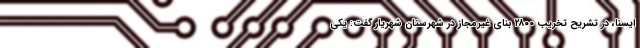
ایسنا، در تشریح تخریب ۲۸۰۰ بنای غیرمجاز در شهرستان شهریار گفت: یکی